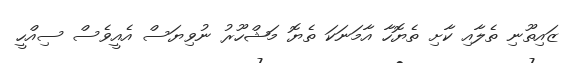
ޒައިތޫނި ތެލާއި ކާށި ތެޔޮހާ އާމަނަކަ ތެޔޮ މަޝްހޫރު ނުވިޔަސް އެއީވެސް ސިއްހީ